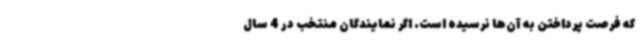
که فرصت پرداختن به آن‌ها نرسیده است. اگر نمایندگان منتخب در 4 سال